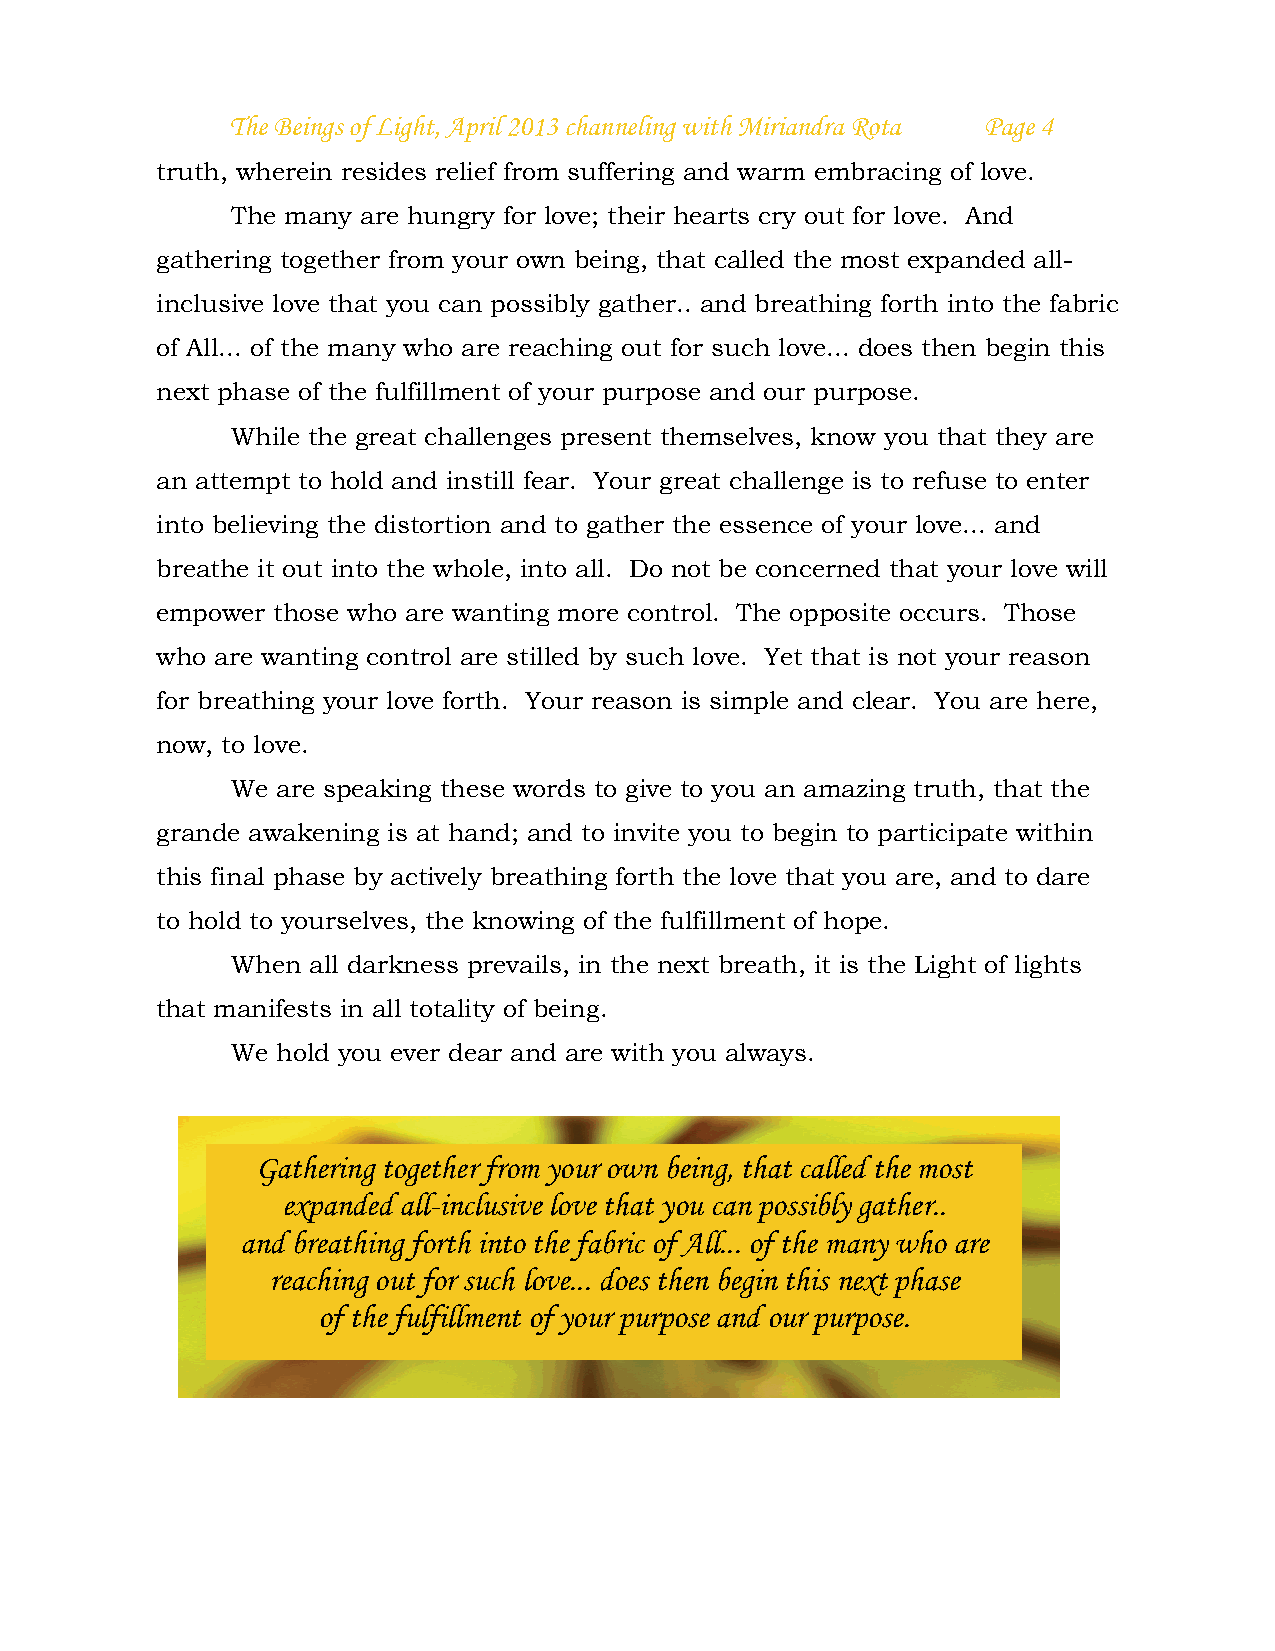
The Beings of Light, April 2013 channeling with Miriandra Rota Page 4
 truth, wherein resides relief from suffering and warm embracing of love.
 The many are hungry for love; their hearts cry out for love. And
 gathering together from your own being, that called the most expanded all-
 inclusive love that you can possibly gather.. and breathing forth into the fabric
 of All... of the many who are reaching out for such love... does then begin this
 next phase of the fulfillment of your purpose and our purpose.
 While the great challenges present themselves, know you that they are
 an attempt to hold and instill fear. Your great challenge is to refuse to enter
 into believing the distortion and to gather the essence of your love... and
 breathe it out into the whole, into all. Do not be concerned that your love will
 empower those who are wanting more control. The opposite occurs. Those
 who are wanting control are stilled by such love. Yet that is not your reason
 for breathing your love forth. Your reason is simple and clear. You are here,
 now, to love.
 We are speaking these words to give to you an amazing truth, that the
 grande awakening is at hand; and to invite you to begin to participate within
 this final phase by actively breathing forth the love that you are, and to dare
 to hold to yourselves, the knowing of the fulfillment of hope.
 When all darkness prevails, in the next breath, it is the Light of lights
 that manifests in all totality of being.
 We hold you ever dear and are with you always.
 Gathering together from your own being, that called the most
 expanded all-inclusive love that you can possibly gather..
 and breathing forth into the fabric of All... of the many who are
 reaching out for such love... does then begin this next phase
 of the fulfillment of your purpose and our purpose.